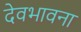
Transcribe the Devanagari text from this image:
देवभावना